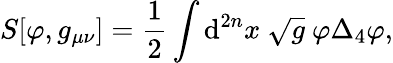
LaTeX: S[\varphi,g_{\mu\nu}]=\frac{1}{2}\int\mathrm{d}^{2n}x~\sqrt{g}~\varphi\Delta_{4}\varphi,